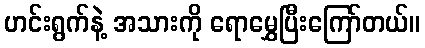
ဟင်းရွက်နဲ့ အသားကို ရောမွှေပြီးကြော်တယ်။